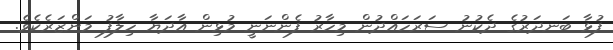
ފުޅާ ބަނދަރުގެ ދެކުނު ސަރަހައްދުން މިހާރު ފެންނަނީ މުޅިން އާދަޔާ ހިލާފު މަންޒަރެކެވެ.